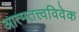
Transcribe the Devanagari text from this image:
आत्मतत्त्वविवेक